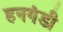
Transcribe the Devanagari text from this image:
हनगंडी